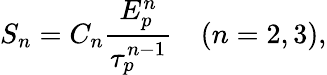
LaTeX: S_{n}=C_{n}\frac{E_{p}^{n}}{\tau_{p}^{n-1}}\quad(n=2,3),